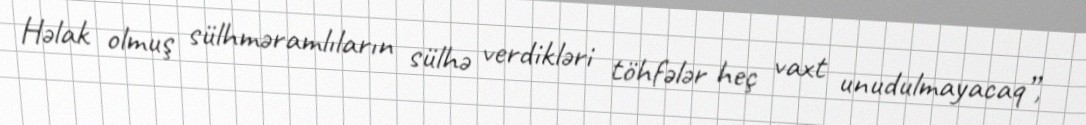
Həlak olmuş sülhməramlıların sülhə verdikləri töhfələr heç vaxt unudulmayacaq”,